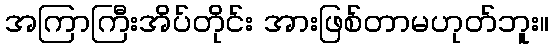
အကြာကြီးအိပ်တိုင်း အားဖြစ်တာမဟုတ်ဘူး။